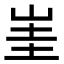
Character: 𡷅